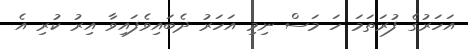
އަހަރުގެ ފުރަތަމަ ހަ މަސް ނިމި އަހަރު ދެބައިވެފައިވާ އިރު ކުރި އެ